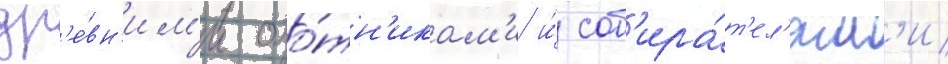
др'е́вн'им'и охо́тн'икам'и и́ соб'ира́т'ел'ям'и